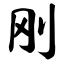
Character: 刚